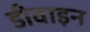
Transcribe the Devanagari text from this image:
डीवाइन